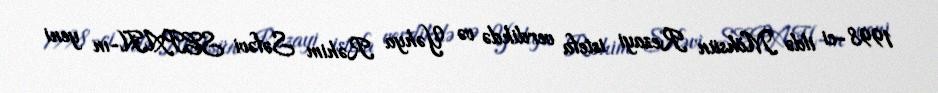
1998-ci ildə Möhsün Rezayi istefa verdikdə və Yəhya Rəhim Səfəvi SEPAH-ın yeni